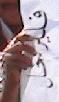
العمالة